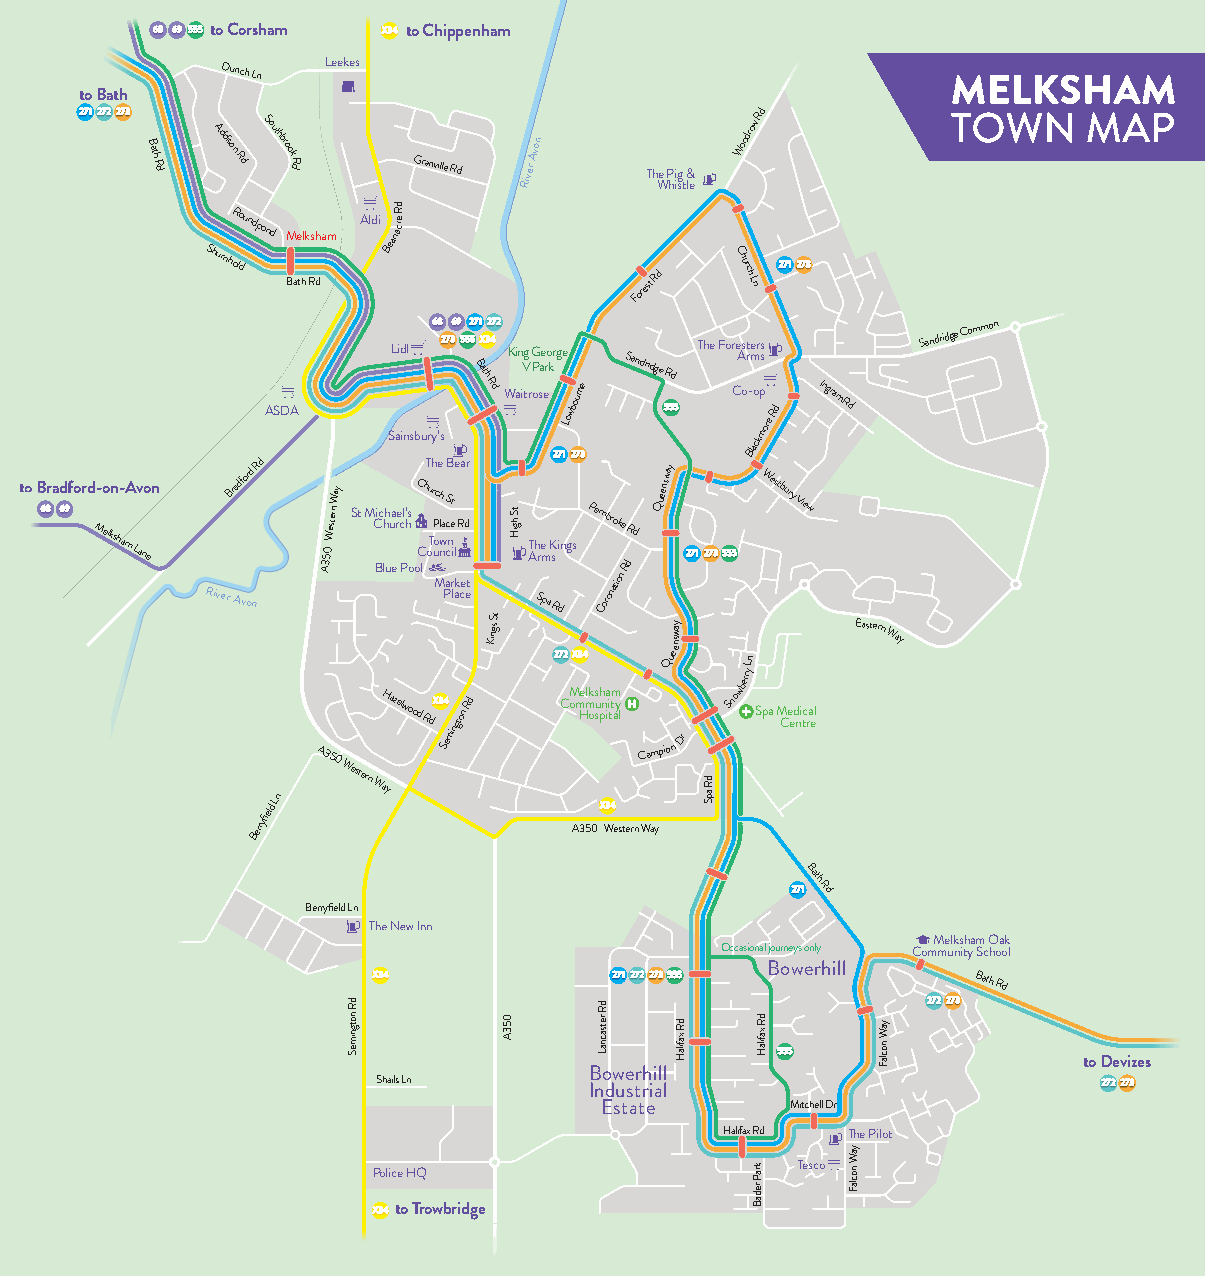
to Corsham   to Chippenham
 Leekes
 Dunch
 Ln
 to Bath
 B
 ath
 R d
 Addison
 Rd
 Southbrook
 Rd      Granville Rd River
 Avon
 Th We P hii sg
 t
 &
 le
 Woodrow
 Rd
 ShurnhoR ldoundpond
 M Bae thlk Rs dham
 Aldi BeanaR e d rc
 Forest
 Rd
 C
 hurch
 Ln
 ASDA
 SL aid inl
 sbury’s
 Bath
 RdWK ain
 iV
 tg
 r
 G
 oP
 sae ero krge
 Lowbourne
 Sandridge
 Rd
 The For Ce As ot r
 -
 Ble m
 ao
 ckr
 p
 ms s
 ore
 Rd
 IngramRd
 Sandridge
 Common
 to Bradford M- eo lksn ha- mA Lav no en
 River
 Br Aad vfo ord
 n
 BeR rrd
 yfield
 Ln
 A3A350
 W 5estern
 Wa 0y
 WeS stt
 e
 rM
 n
 WC Bic aHh
 l
 yh
 u
 a
 u za
 e
 ere lwc Pl’ ohs
 o
 oC
 o dC l
 RhT u doTrh c
 uoP
 Mhe
 nwl a SS
 P
 eaccB
 nt mire
 li
 n
 al
 ge
 k
 tR
 oca
 e
 n
 d
 e
 Rr
 t
 d
 Kings
 St
 T A Sh r pe m
 a
 RK s di Cng
 M
 o
 As
 m
 H
 3e
 5mlP
 k
 o
 0e
 s
 sum
 hC
 p
 no
 b
 r
 Wa
 ior
 i
 tno
 tmat ai
 ek
 yo
 le
 n
 s
 tRR
 d
 ed
 rn
 C Wa am
 yQuee pnsw ia Qy
 ouene
 n
 Dr
 Snowberry
 Ln
 SW pe as tb
 M
 Cury
 e
 e
 V
 d
 nie
 i
 tcw
 ra el
 Eastern
 Way
 Bath
 Rd
 Berryfield Ln
 Melksham Oak
 Occasional journeys only Community School
 Bowerhill
 Bath
 Rd
 to Devizes
 Bowerhill
 Shails Ln
 Industrial
 Estate      Mitchell Dr
 Halifax Rd The Pilot
 Tesco Police HQ
 to Trowbridge
 dR
 notgnimeS 053A
 tS hgiH
 dR
 retsacnaL
 yaws
 dR
 xafilaH
 dR
 apS
 dR
 xafilaH
 kraP
 redaB
 yaW
 noclaF
 yaW
 noclaF